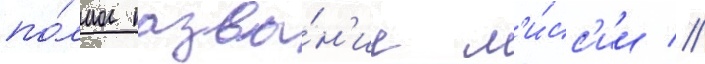
по́лное назва́н'ие м'и́сс'ии //